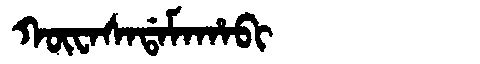
Manchu: ᡴᡡᠸᠠᠰᠠᡩᠠᠮᠠᡥᠠᠪᡳ
Romanization: KŪWASADAMAHABI